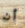
أن